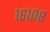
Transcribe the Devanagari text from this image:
१६१०८